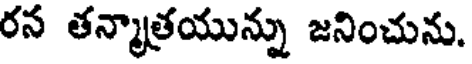
రన తన్మాత్రయున్ను జనించును.